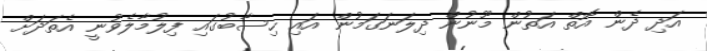
އަދި ދެން އޮތް އަތުން މޫނުން ދިލަނަގަމުން އައި ހިސާބުގައި ފިލުމާލެވުނީ އެތަދަށް